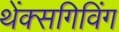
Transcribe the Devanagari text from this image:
थेंक्सगिविंग